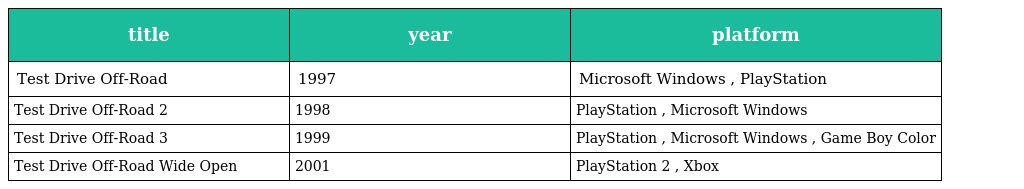
| title | year | platform |
 | --- | --- | --- |
 | Test Drive Off-Road | 1997 | Microsoft Windows , PlayStation |
 | Test Drive Off-Road 2 | 1998 | PlayStation , Microsoft Windows |
 | Test Drive Off-Road 3 | 1999 | PlayStation , Microsoft Windows , Game Boy Color |
 | Test Drive Off-Road Wide Open | 2001 | PlayStation 2 , Xbox |